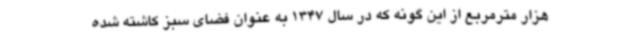
هزار مترمربع از این گونه که در سال 1347 به عنوان فضای سبز کاشته شده